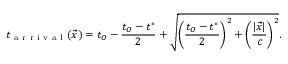
t _ { \mathrm { ~ a ~ r ~ r ~ i ~ v ~ a ~ l ~ } } ( \vec { x } ) = t _ { O } - \frac { t _ { O } - t ^ { * } } { 2 } + \sqrt { \left( \frac { t _ { O } - t ^ { * } } { 2 } \right) ^ { 2 } + \left( \frac { | \vec { x } | } { c } \right) ^ { 2 } } .